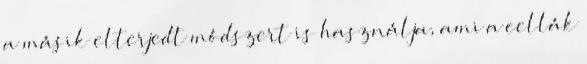
a másik elterjedt módszert is használja, ami a cellák